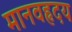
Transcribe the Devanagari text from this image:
मानवहृदय